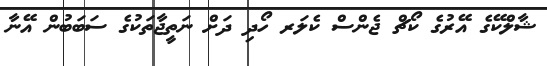
ޝާލްކޭގެ އޭރުގެ ކޯޗް ޖެންސް ކެލަރ ހޯދި ދަށް ނަތީޖާތަކުގެ ސަބަބުން އޭނާ